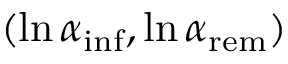
( \ln { \alpha _ { \mathrm { i n f } } } , \ln { \alpha _ { \mathrm { r e m } } } )